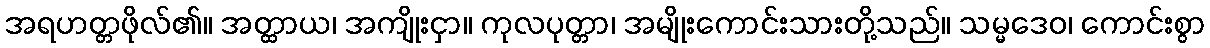
အရဟတ္တဖိုလ်၏။ အတ္ထာယ၊ အကျိုးငှာ။ ကုလပုတ္တာ၊ အမျိုးကောင်းသားတို့သည်။ သမ္မဒေဝ၊ ကောင်းစွာ